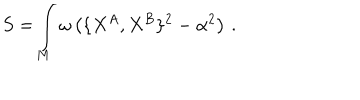
S = \int _ { M } \omega \left( \{ X ^ { A } , X ^ { B } \} ^ { 2 } - \alpha ^ { 2 } \right) \, .